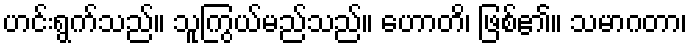
ဟင်းရွက်သည်။ သူကြွယ်မည်သည်။ ဟောတိ၊ ဖြစ်၏။ သမာဂတာ၊